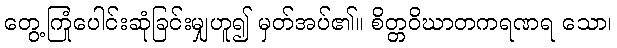
တွေ့ကြုံပေါင်းဆုံခြင်းမျှဟူ၍ မှတ်အပ်၏။ စိတ္တဝိဃာတကရဏရ သော၊